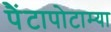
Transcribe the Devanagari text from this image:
पैंटापोटाम्या